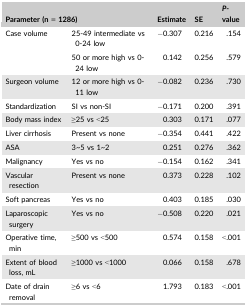
| <COLSPAN=2> Parameter (n = 1286) | Estimate | SE | P‐value |
 | --- | --- | --- | --- | --- |
 | Case volume | 25‐49 intermediate vs 0‐24 low | −0.307 | 0.216 | .154 |
 |  | 50 or more high vs 0‐24 low | 0.142 | 0.256 | .579 |
 | Surgeon volume | 12 or more high vs 0‐11 low | −0.082 | 0.236 | .730 |
 | Standardization | SI vs non‐SI | −0.171 | 0.200 | .391 |
 | Body mass index | ≥25 vs <25 | 0.303 | 0.171 | .077 |
 | Liver cirrhosis | Present vs none | −0.354 | 0.441 | .422 |
 | ASA | 3 ̃5 vs 1 ̃2 | 0.251 | 0.276 | .362 |
 | Malignancy | Yes vs no | −0.154 | 0.162 | .341 |
 | Vascular resection | Present vs none | 0.373 | 0.228 | .102 |
 | Soft pancreas | Yes vs no | 0.403 | 0.185 | .030 |
 | Laparoscopic surgery | Yes vs no | −0.508 | 0.220 | .021 |
 | Operative time, min | ≥500 vs <500 | 0.574 | 0.158 | <.001 |
 | Extent of blood loss, mL | ≥1000 vs <1000 | 0.066 | 0.158 | .678 |
 | Date of drain removal | ≥6 vs <6 | 1.793 | 0.183 | <.001 |